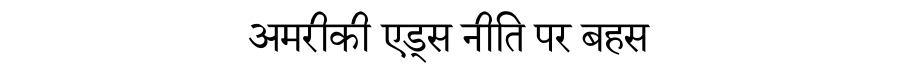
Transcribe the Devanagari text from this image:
अमरीकी एड्स नीति पर बहस